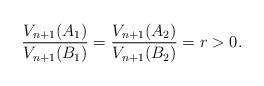
LaTeX: \begin{align*} \frac{V_{n+1}(A_1)}{V_{n+1}(B_1)} = \frac{V_{n+1}(A_2)}{V_{n+1}(B_2)} = r >0. \end{align*}